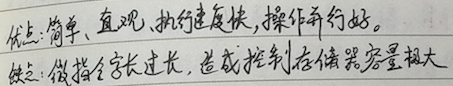
优点：简单、直观、执行速度快，操作并行性好。缺点：微指令字长过长，造成控制存储器容量极大。